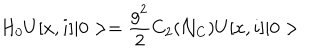
LaTeX: H _ { 0 } U [ x , i ] \vert 0 > = { \frac { g ^ { 2 } } { 2 } } C _ { 2 } ( { \cal N } _ { C } ) U [ x , i ] \vert 0 >